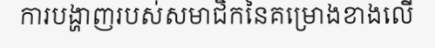
ការបង្ហាញរបស់សមាជិកនៃគម្រោងខាងលើ